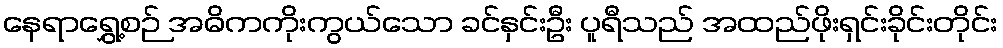
နေရာရွှေ့စဉ် အဓိကကိုးကွယ်သော ခင်နှင်းဦး ပူရီသည် အထည်ဖိုးရှင်းခိုင်းတိုင်း